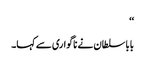
‘‘
بابا سلطان نے ناگواری سے کہا۔